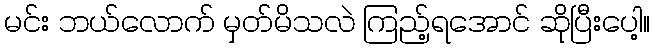
မင်း ဘယ်လောက် မှတ်မိသလဲ ကြည့်ရအောင် ဆိုပြီးပေါ့။